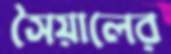
সৈয়ালের